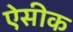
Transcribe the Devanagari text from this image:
ऐसीक